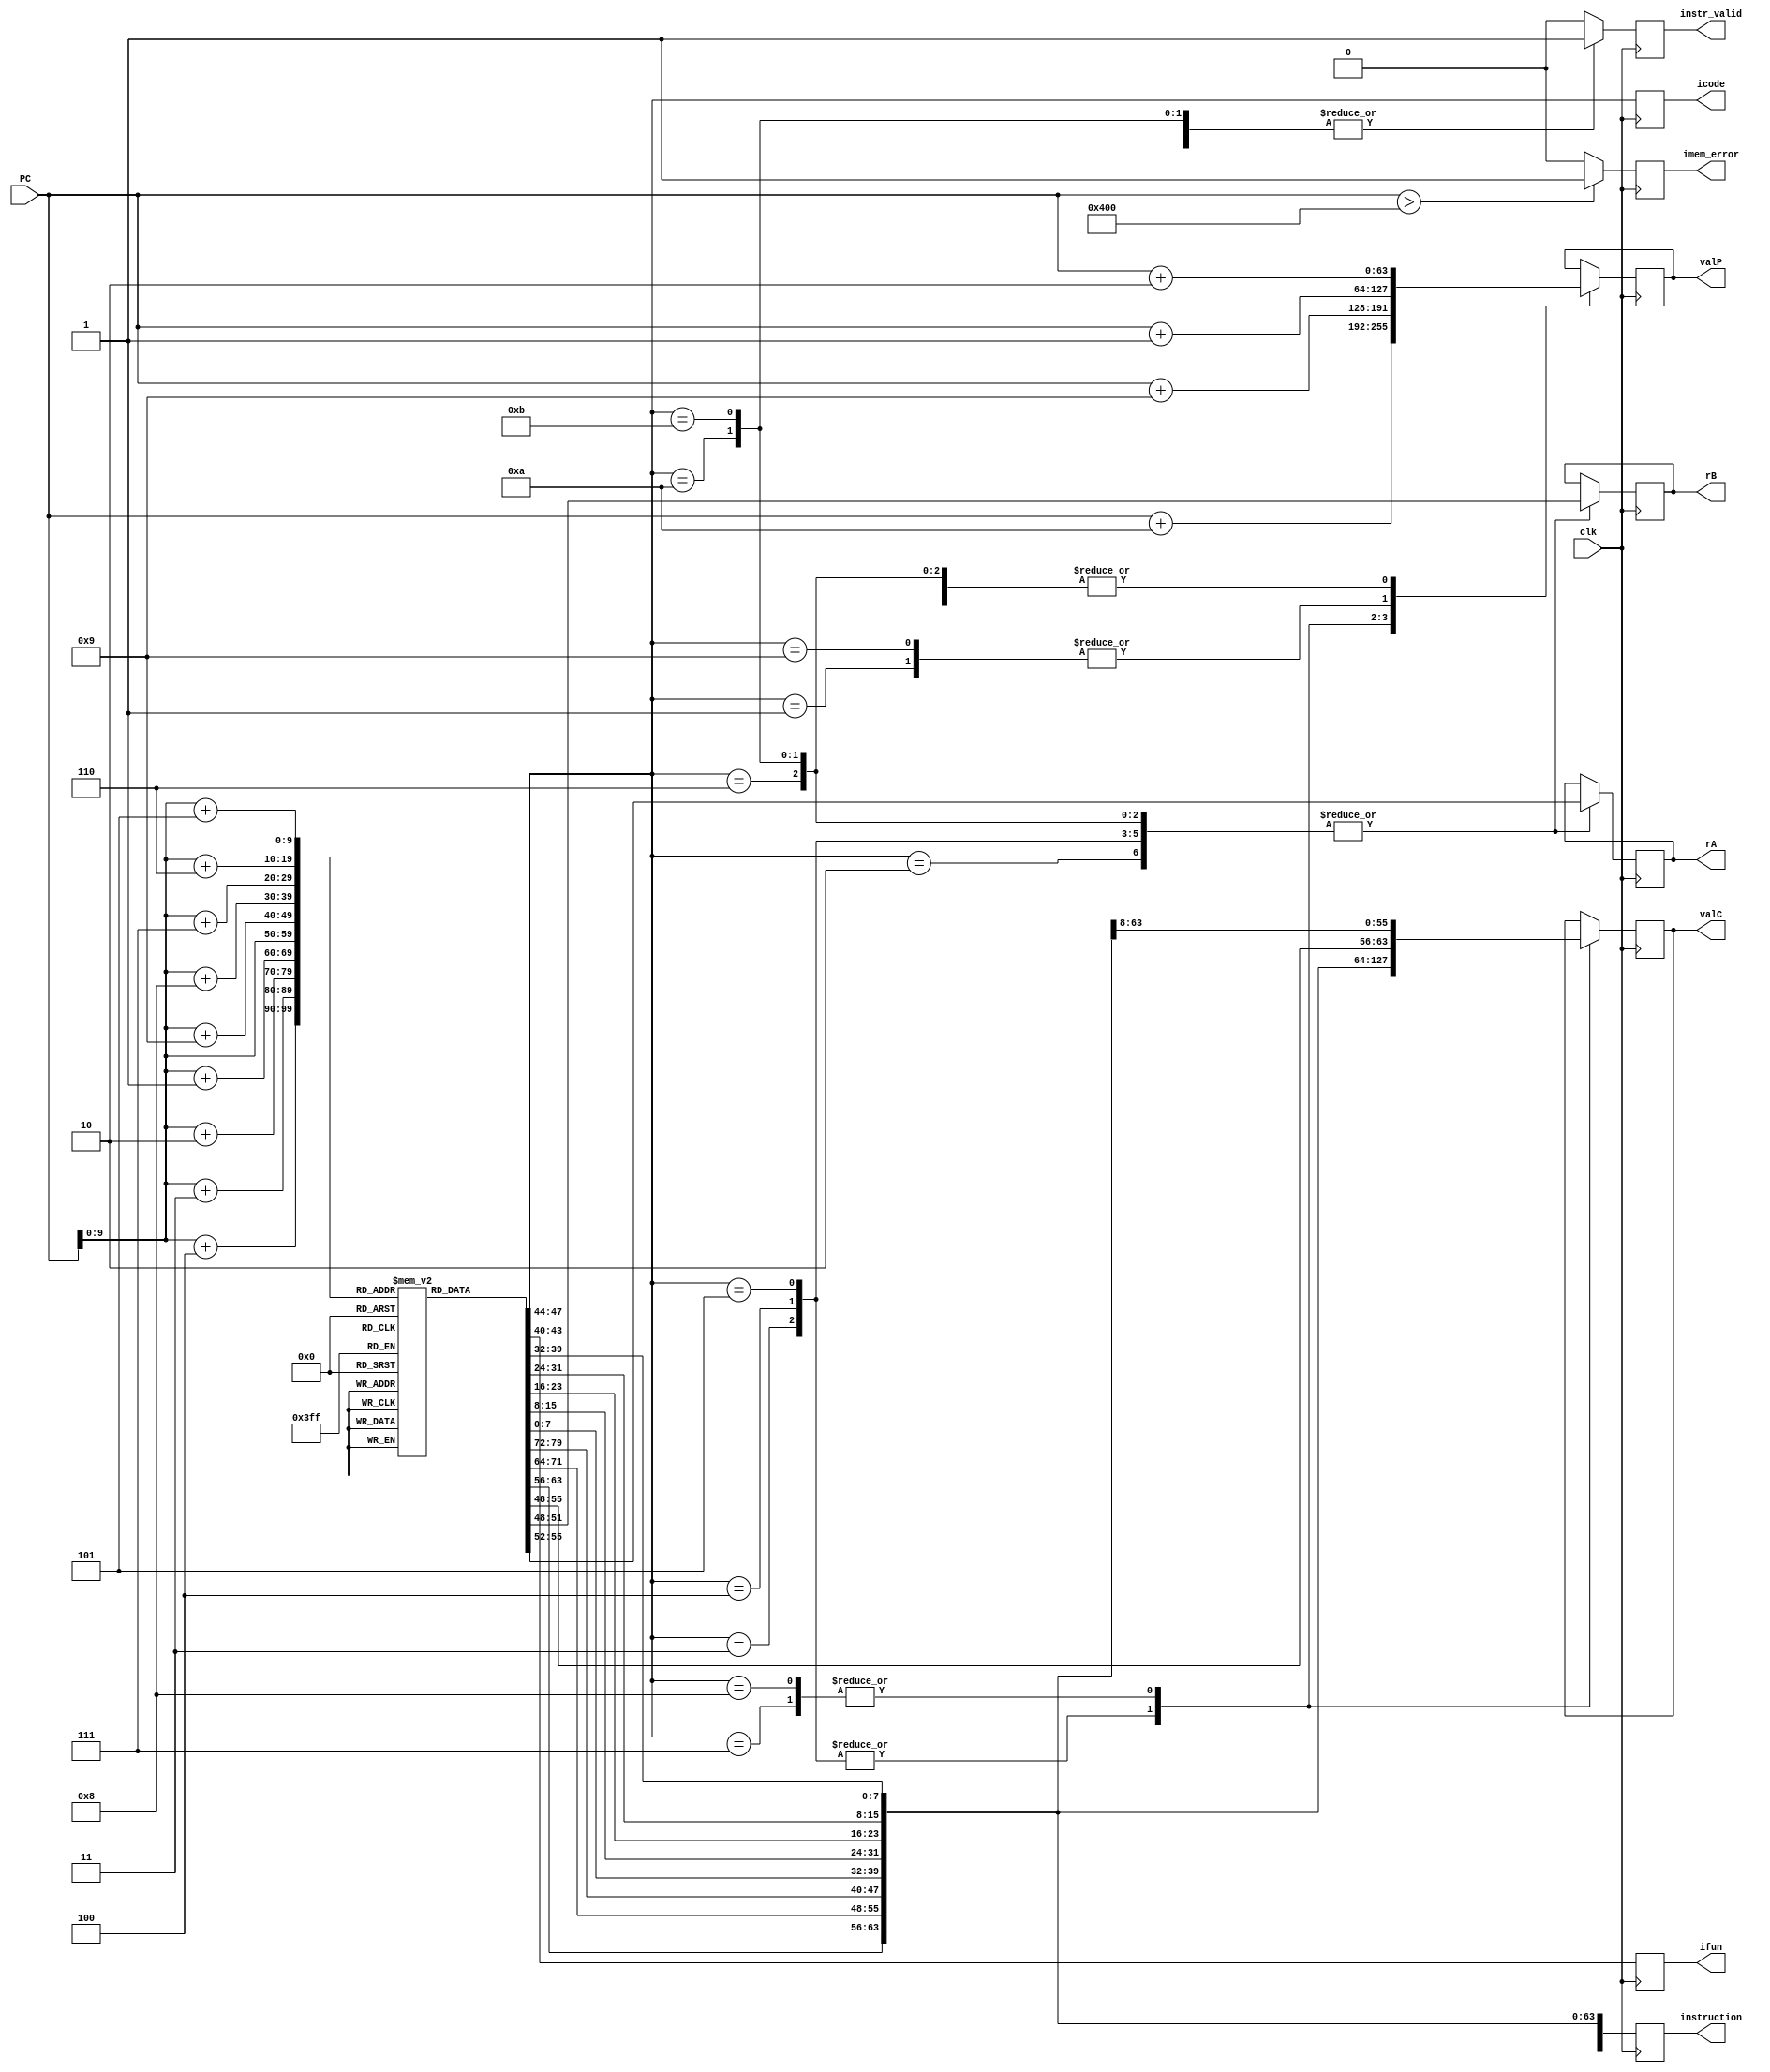
module fetch(clk,PC,icode,ifun,rA,rB,valC,valP,instr_valid,imem_error, instruction);

input clk;
input [63:0] PC;
output reg [3:0] icode, ifun, rA, rB;
output reg [63:0] valC, valP;
output reg instr_valid, imem_error;

initial begin
    imem[0] = 8'b00110000; //30
    imem[1] = 8'b11100000; //E0
    imem[2] = 8'b00000000;
    imem[3] = 8'b00000000;
    imem[4] = 8'b00000000;
    imem[5] = 8'b00000000;
    imem[6] = 8'b00000000;
    imem[7] = 8'b00000000;
    imem[8] = 8'b00000000;
    imem[9] = 8'b00000000; // valC = 0
    imem[10] = 8'b00110000; //30
    imem[11] = 8'b11100011; //E3
    imem[12] = 8'b00000000;
    imem[13] = 8'b00000000;
    imem[14] = 8'b00000000;
    imem[15] = 8'b00000000;
    imem[16] = 8'b00000000;
    imem[17] = 8'b00000000;
    imem[18] = 8'b00000000;
    imem[19] = 8'b00010001; //v
    imem[20] = 8'b00100000; //20
    imem[21] = 8'b00000110; //06
    imem[22] = 8'b00100000; //20
    imem[23] = 8'b00110000; //30
    imem[24] = 8'b00100000; //20
    imem[25] = 8'b01100000; //60


end
reg [7:0] imem[0:1023];
output reg [0:79] instruction;

always@(posedge clk)
begin
    imem_error = PC>1024 ? 1 : 0;
    instruction = {imem[PC],imem[PC+1],imem[PC+2],imem[PC+3],imem[PC+4],
    imem[PC+5],imem[PC+6],imem[PC+7],imem[PC+8],imem[PC+9]};
    
    icode= instruction[0:3];
    ifun= instruction[4:7];

    instr_valid = 1'b0;

    case(icode)

        //nop
        4'b0001: begin
          valP = PC + 64'd1;
            instr_valid = 1'b1;
        end

        //cmmovxx
        4'b0010: begin
            rA=instruction[8:11];
            rB=instruction[12:15];
            valP=PC+64'd2;
            instr_valid = 1'b1;
        end

        //irmovq
        4'b0011: begin
            rA=instruction[8:11];
            rB=instruction[12:15];
            valC=instruction[16:79];
            valP=PC+64'd10;
            instr_valid = 1'b1;
        end

        //rmmovq
        4'b0100: begin
            rA=instruction[8:11];
            rB=instruction[12:15];
            valC=instruction[16:79];
            valP=PC+64'd10;
            instr_valid = 1'b1;
        end

        //mrmovq
        4'b0101: begin
            rA=instruction[8:11];
            rB=instruction[12:15];
            valC=instruction[16:79];
            valP=PC+64'd10;
            instr_valid = 1'b1;
        end

        //OPq
        4'b0110: begin
            rA = instruction[8:11];
            rB = instruction[12:15];
            valP = PC + 64'd2;
            instr_valid = 1'b1;
        end

        //jxx
        4'b0111: begin
            valC=instruction[8:71];
            valP=PC+64'd9;
            instr_valid = 1'b1;
        end

        //call
        4'b1000: begin
            valC=instruction[8:71];
            valP=PC+64'd9;
            instr_valid = 1'b1;
        end

        //ret
        4'b1001: begin
            valP=PC+64'd1;
            instr_valid = 1'b1;
        end

        //pushq
        4'b1010: begin
            rA=instruction[8:11];
            rB=instruction[12:15];
            valP=PC+64'd2;
            instr_valid = 1'b1;
        end

        //popq
        4'b1011: begin
            rA=instruction[8:11];
            rB=instruction[12:15];
            valP=PC+64'd2;
            instr_valid = 1'b1;
        end
    endcase


end

endmodule